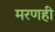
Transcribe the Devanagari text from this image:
मरणही